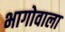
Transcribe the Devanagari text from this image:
भागोवाला